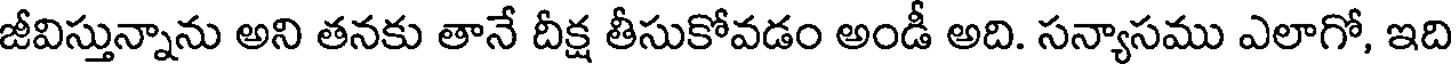
జీవిస్తున్నాను అని తనకు తానే దీక్ష తీసుకోవడం అండీ అది. సన్యాసము ఎలాగో, ఇది